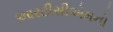
આરટીસીએમનો